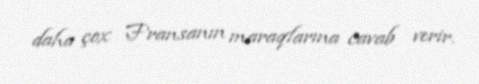
daha çox Fransanın maraqlarına cavab verir.